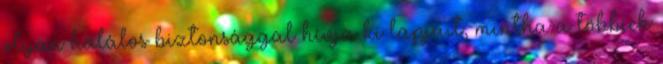
olyan halálos biztonsággal hívja ki lapjait, mintha a többiek